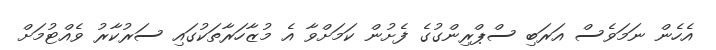
އެހެން ނަމަވެސް އަރަބި ސްޕްރިންގުގެ ފެށުން ކަމަށްވާ އެ މުޒާހަރާތަކުގައި ސަރުކާރު ވެއްޓުމަށް